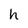
Character: h